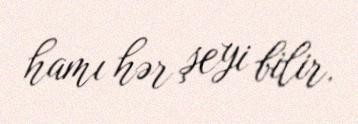
hamı hər şeyi bilir.